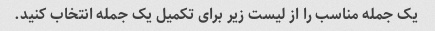
یک جمله مناسب را از لیست زیر برای تکمیل یک جمله انتخاب کنید.